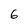
Character: 6